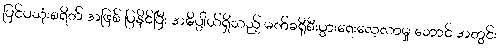
ပြင်ပသုံးစရိတ် အဖြစ် ပြနိုင်ပြီး အဓိပ္ပါယ်ရှိသည့် မက်ခရိုစီးပွားရေးလေ့လာမှု ဘောင် အတွင်း